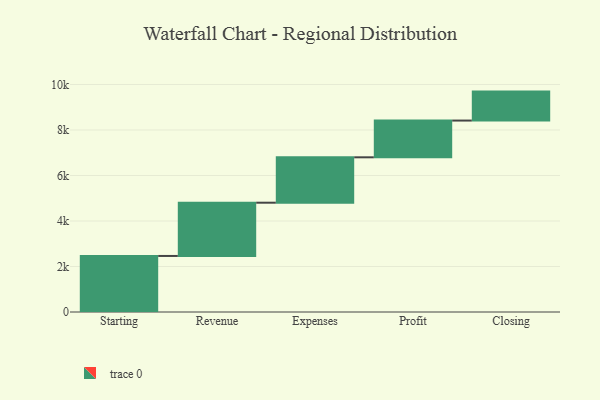
{"axis": {"x": "Step", "y": "Value"}, "legend": [""], "data": [{"x": "Starting", "y": 2463.0, "type": ""}, {"x": "Revenue", "y": 2341.0, "type": ""}, {"x": "Expenses", "y": 1995.0, "type": ""}, {"x": "Profit", "y": 1615.0, "type": ""}, {"x": "Closing", "y": 1273.0, "type": ""}]}